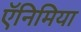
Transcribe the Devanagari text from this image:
ऍनिमिया